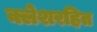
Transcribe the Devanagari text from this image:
क्लेशरहित